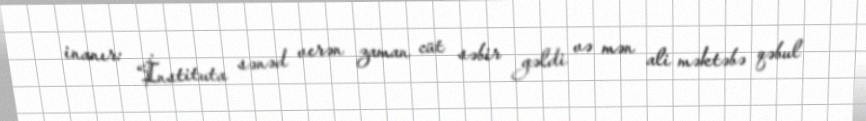
inanır: “İnstituta sənəd verən zaman cüt səbir gəldi və mən ali məktəbə qəbul